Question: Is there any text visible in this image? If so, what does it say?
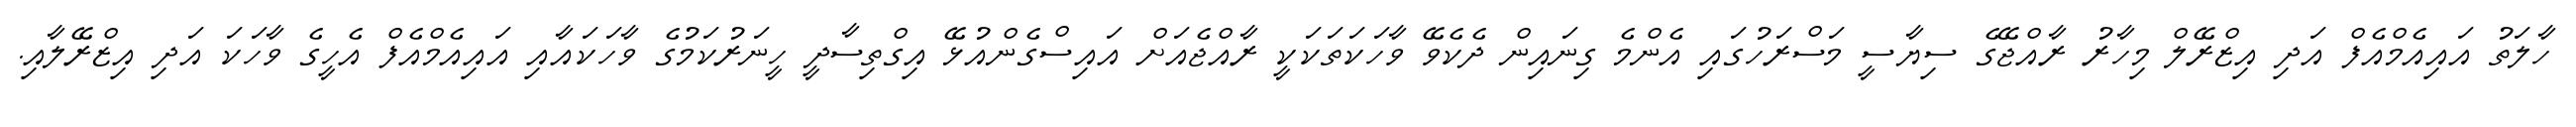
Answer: ހާލަތު އައިއެމްއެފް އަދި އިޒްރޭލް މިހާރު ރާއްޖޭގެ ސިޔާސީ މަސްރަހުގައި އެންމެ ގިނައިން ދެކެވޭ ވާހަކަތަކަކީ ރާއްޖެއަށް އައިސްގެންއުޅޭ އިގްތިސާދީ ހީނަރުކަމުގެ ވާހަކައާއި އައިއެމްއެފް އެހީގެ ވާހަކަ އަދި އިޒްރޭލާއި.